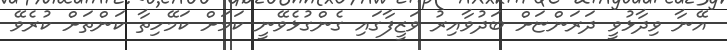
އޭނާ ވިދާޅުވީ ދަރަންޏަށް ބަދުވާއިރު ވަޒީފާގައި ގެންގުޅެވޭނީ ކަމަށް ކަމޭހިތާ ކަންތަށް ކުރެވޭ